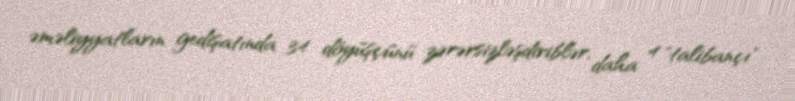
əməliyyatların gedişatında 34 döyüşçünü zərərsizləşdiriblər, daha 4 "talibançı"